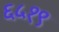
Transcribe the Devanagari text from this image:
६५१९